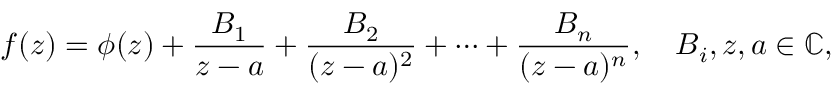
f ( z ) = \phi ( z ) + { \frac { B _ { 1 } } { z - a } } + { \frac { B _ { 2 } } { ( z - a ) ^ { 2 } } } + \cdots + { \frac { B _ { n } } { ( z - a ) ^ { n } } } , \quad B _ { i } , z , a \in \mathbb { C } ,